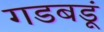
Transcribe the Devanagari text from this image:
गडबडूं